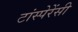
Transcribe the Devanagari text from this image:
टांस्पेरेंसी